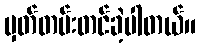
မှတ်တမ်းတင်ခဲ့ပါတယ်။